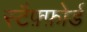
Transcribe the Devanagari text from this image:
स्टैफ़्फ़ोर्ड